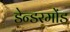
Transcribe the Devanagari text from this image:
डेन्डरमोंड